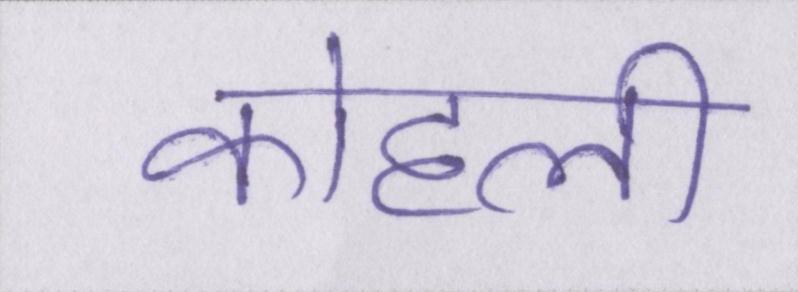
कोहली